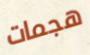
هجمات